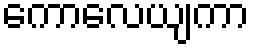
ကောလေယျကာ